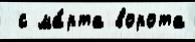
 с ма́рта ворота